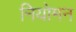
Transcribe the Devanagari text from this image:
नियोमन